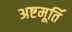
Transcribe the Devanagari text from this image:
अष्टमूर्ति